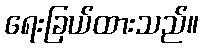
ရေးခြယ်ထားသည်။